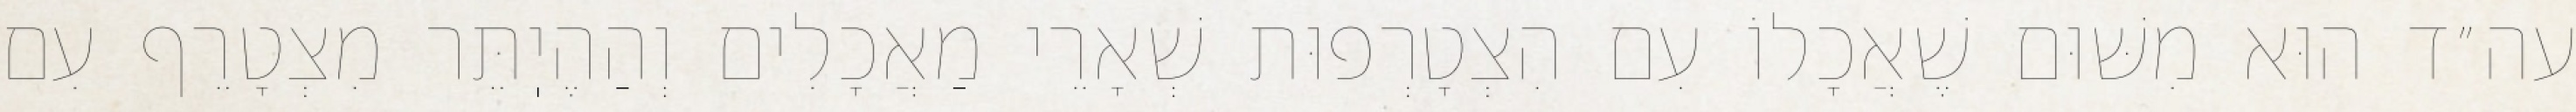
עה״ד הוּא מִשּׁוּם שֶׁאֲכָלוֹ עִם הִצְטָרְפוּת שְׁאָרֵי מַאֲכָלִים וְהַהֶיֽתֵּר מִצְטָרֵף עִם